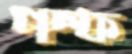
গল্ফ